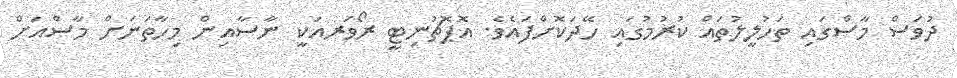
ދުވަސް މާސްގައި ތަހުލީލުތައް ކުރުމުގައި ހޭދަކޮށްފައެވެ. އޮޕޮޗުނިޓީ ރޯވަރއަކީ ނާސާއިން މިހާތަނަށް މާސްއަށް